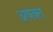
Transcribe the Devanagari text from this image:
अषक्त